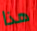
هذا